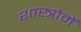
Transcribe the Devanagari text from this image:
शास्त्रोमें